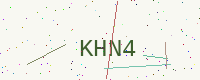
Text: KHN4